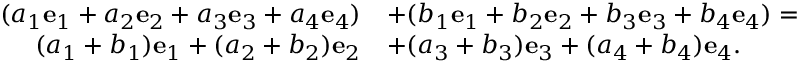
{ \begin{array} { r l } { ( a _ { 1 } { \mathbf { e } } _ { 1 } + a _ { 2 } { \mathbf { e } } _ { 2 } + a _ { 3 } { \mathbf { e } } _ { 3 } + a _ { 4 } { \mathbf { e } } _ { 4 } ) } & { + ( b _ { 1 } { \mathbf { e } } _ { 1 } + b _ { 2 } { \mathbf { e } } _ { 2 } + b _ { 3 } { \mathbf { e } } _ { 3 } + b _ { 4 } { \mathbf { e } } _ { 4 } ) = } \\ { ( a _ { 1 } + b _ { 1 } ) { \mathbf { e } } _ { 1 } + ( a _ { 2 } + b _ { 2 } ) { \mathbf { e } } _ { 2 } } & { + ( a _ { 3 } + b _ { 3 } ) { \mathbf { e } } _ { 3 } + ( a _ { 4 } + b _ { 4 } ) { \mathbf { e } } _ { 4 } . } \end{array} }